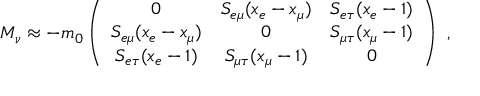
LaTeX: M _ { \nu } \approx - m _ { 0 } \left( \begin{array} { c c c } { { 0 } } & { { S _ { e \mu } ( x _ { e } - x _ { \mu } ) } } & { { S _ { e \tau } ( x _ { e } - 1 ) } } \\ { { S _ { e \mu } ( x _ { e } - x _ { \mu } ) } } & { { 0 } } & { { S _ { \mu \tau } ( x _ { \mu } - 1 ) } } \\ { { S _ { e \tau } ( x _ { e } - 1 ) } } & { { S _ { \mu \tau } ( x _ { \mu } - 1 ) } } & { { 0 } } \end{array} \right) ~ ,